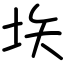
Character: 垁